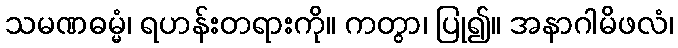
သမဏဓမ္မံ၊ ရဟန်းတရားကို။ ကတွာ၊ ပြု၍။ အနာဂါမိဖလံ၊